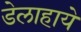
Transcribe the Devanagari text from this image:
डेलाहाये